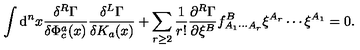
\int \mathrm { d } ^ { n } x \frac { \delta ^ { R } \Gamma } { \delta \Phi _ { c } ^ { a } ( x ) } \frac { \delta ^ { L } \Gamma } { \delta K _ { a } ( x ) } + \sum _ { r \geq 2 } \frac 1 { r ! } \frac { \partial ^ { R } \Gamma } { \partial \xi ^ { B } } f _ { A _ { 1 } \cdots A _ { r } } ^ { B } \xi ^ { A _ { r } } \cdots \xi ^ { A _ { 1 } } = 0 .